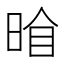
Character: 𭦍